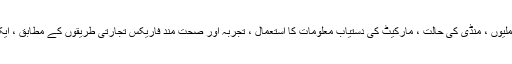
کسی تاجر کے دارالحکومت پر منحصر ہے ، اس کی تجارتی حکمت عملیوں ، منڈی کی حالت ، مارکیٹ کی دستیاب معلومات کا استعمال ، تجربہ اور صحت مند فاریکس تجارتی طریقوں کے مطابق ، ایک فاریکس تاجر ایک دن میں آسانی سے اپنی خوش قسمتی بنا سکتا ہے۔